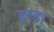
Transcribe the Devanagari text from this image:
हाउ।